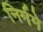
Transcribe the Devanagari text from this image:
निर्ममे